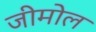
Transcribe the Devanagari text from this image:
जीमोल